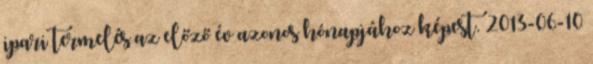
ipari termelés az előző év azonos hónapjához képest. 2013-06-10